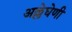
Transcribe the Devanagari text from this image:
अल्लेघेणी